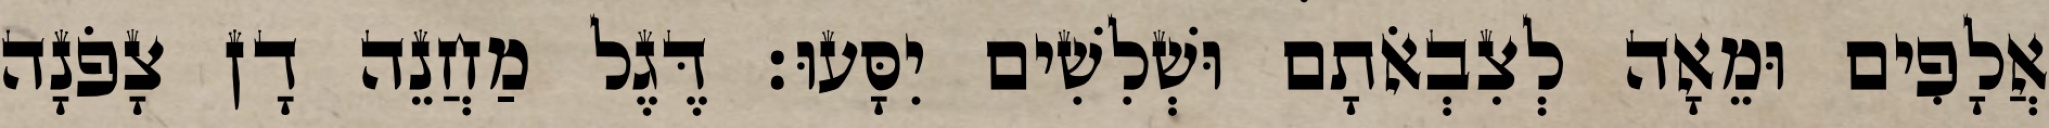
אֲלָפִים וּמֵאָה לְצִבְאֹתָם וּשְׁלִשִׁים יִסָּעוּ׃ דֶּגֶל מַחֲנֵה דָן צָפֹנָה